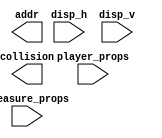
//
//type  
//
//()
module treasure(
    output reg collision, 
    output wire [16:0] addr, 
    input wire [9:0] disp_h, disp_v, 
    input wire [39:0] treasure_props, 
    input wire [39:0] player_props
);
    wire [9:0] pivot_h = treasure_props[39:30];
    wire [9:0] pivot_v = treasure_props[29:20];
    wire [9:0] width = treasure_props[19:10];
    wire [9:0] height = treasure_props[9:0];
    wire [9:0] player_pivot_h = player_props[39:30];
    wire [9:0] player_pivot_v = player_props[29:20];
    wire [9:0] player_width = player_props[19:10];
    wire [9:0] player_height = player_props[9:0];
endmodule